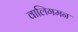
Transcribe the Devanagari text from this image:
वालिगमन